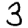
Digit: 3